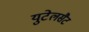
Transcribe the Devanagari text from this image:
युटेलसैट